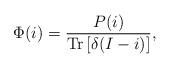
LaTeX: \begin{align*}\Phi(i) = \frac{P(i)}{\mathrm{Tr}\left[\delta(I-i)\right]},\end{align*}